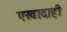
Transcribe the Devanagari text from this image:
एखादाही